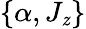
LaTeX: \{ \alpha,J_{\mathit{z}}\}